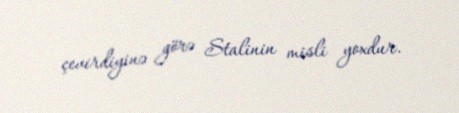
çevirdiyinə görə Stalinin misli yoxdur.